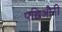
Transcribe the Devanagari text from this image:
पछिऔरी